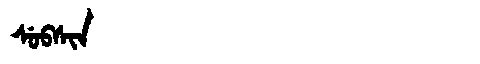
Manchu: ᠰᡠᠪᠰᡳᠨ
Romanization: SUBSIN